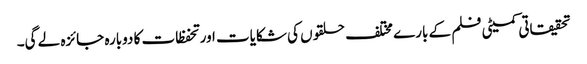
تحقیقاتی کمیٹی فلم کے بارے مختلف حلقوں کی شکایات اور تحفظات کا دوبارہ جائزہ لے گی۔